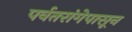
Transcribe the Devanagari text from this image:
पर्वतरांगेपासून